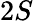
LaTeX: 2S